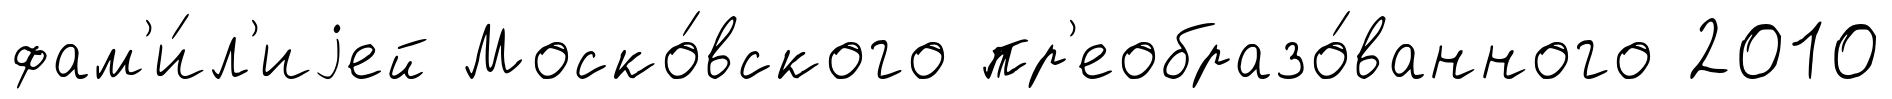
фам'и́л'иjей Моско́вского пр'еобразо́ванного 2010